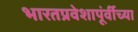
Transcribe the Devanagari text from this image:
भारतप्रवेशापूंर्वीच्या